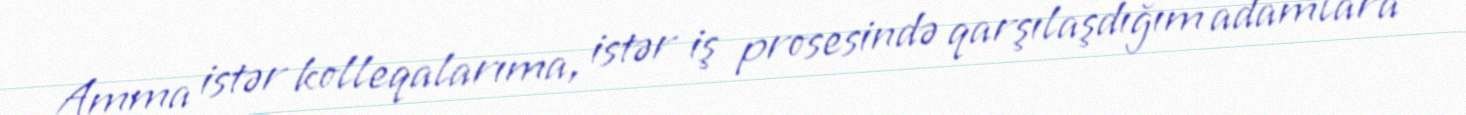
Amma istər kolleqalarıma, istər iş prosesində qarşılaşdığım adamlara